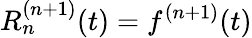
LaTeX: R_{n}^{(n+1)}(t)=f^{(n+1)}(t)